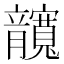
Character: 𰍤